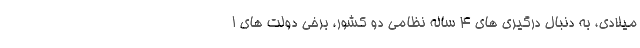
میلادی، به دنبال درگیری های ۴ ساله نظامی دو کشور، برخی دولت های ا